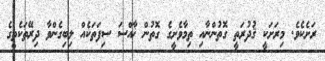
ރަށެކެވެ. މިރަށަކީ ޤުދުރަތީ ގޮތުންނާއި ތިމާވެށީގެ ގޮތުން ޚާއްސަ ސިފަތަކެއް ލިބިގެންވާ ދިރޭތަކެތީގެ